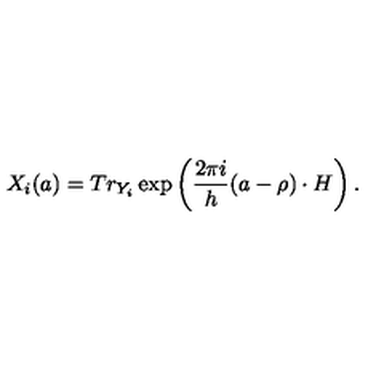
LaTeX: X _ { i } ( a ) = T r _ { Y _ { i } } \exp \left( \frac { 2 \pi i } h ( a - \rho ) \cdot H \right) .